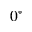
0 ^ { \circ }